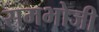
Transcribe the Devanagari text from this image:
समभोजी